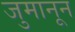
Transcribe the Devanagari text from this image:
जुमानून